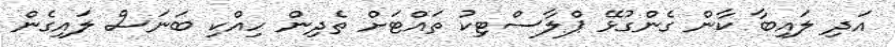
އަދި ލައިބާ ކާން ގެންގުޅޭ ޕްލާސްޓިކު ތައްޓަށް ތެދިން ހިއްކި ބަނަސް ލައިގެން